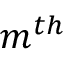
m ^ { t h }